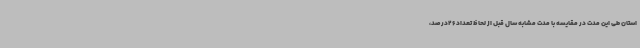
استان طی این مدت در مقایسه با مدت مشابه سال قبل از لحاظ تعداد 26درصد،